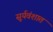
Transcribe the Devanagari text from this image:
सूर्यवंशात